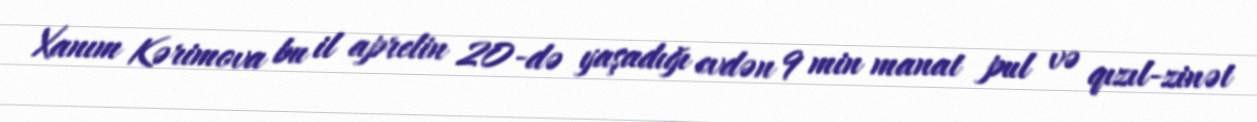
Xanım Kərimova bu il aprelin 20-də yaşadığı evdən 9 min manat pul və qızıl-zinət